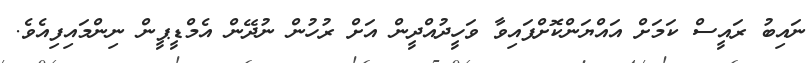
ނައިބު ރައީސް ކަމަށް އައްޔަންކޮށްފައިވާ ވަހީދުއްދީން އަށް ރުހުން ނުދޭން އެމްޑީޕީން ނިންމައިފިއެވެ.